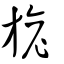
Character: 旎